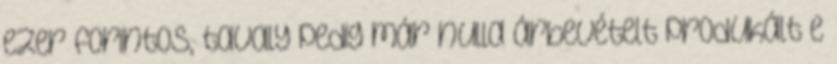
ezer forintos, tavaly pedig már nulla árbevételt produkált e